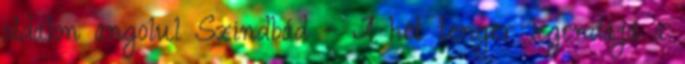
oldalon angolul Szindbád – A hét tenger legendája a